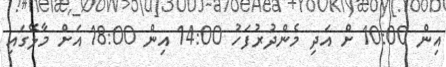
އިން 10:00 ށް އަދި މެންދުރުފަހު 14:00 އިން 18:00 އަށް މާލޭގައި